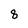
Character: 8